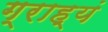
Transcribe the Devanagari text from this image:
ग्राह्यं